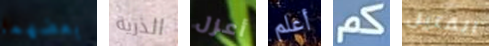
بعضهما الذرية أعزل أعلم كم القتيل